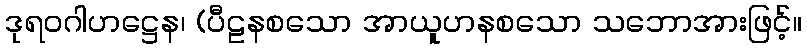
ဒုရဝဂါဟဋ္ဌေန၊ (ပီဠနစသော အာယူဟနစသော သဘောအားဖြင့်။